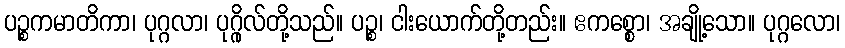
ပဉ္စကမာတိကာ၊ ပုဂ္ဂလာ၊ ပုဂ္ဂိုလ်တို့သည်။ ပဉ္စ၊ ငါးယောက်တို့တည်း။ ဧကစ္စော၊ အချို့သော။ ပုဂ္ဂလော၊